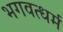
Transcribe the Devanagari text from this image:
भगवत्धर्म